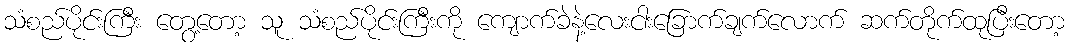
သံစည်ပိုင်းကြီး တွေ့တော့ သူ သံစည်ပိုင်းကြီးကို ကျောက်ခဲနဲ့လေးငါးခြောက်ချက်လောက် ဆက်တိုက်ထုပြီးတော့